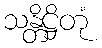
သန္တိဋ္ဌိတုံ